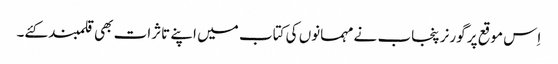
اِس موقع پر گورنر پنجاب نے مہمانوں کی کتاب میں اپنے تاثرات بھی قلمبند کئے۔